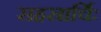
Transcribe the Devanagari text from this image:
सहस्रार्चिः